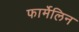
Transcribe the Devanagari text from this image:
फार्मेलिन